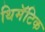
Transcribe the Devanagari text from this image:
थिमॅटिक